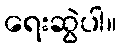
ရေးဆွဲပါ။